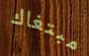
مبتغاك